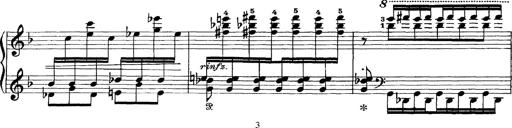
Title: Scherzo und Marsch
Composer: Franz Liszt